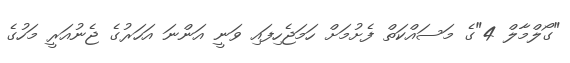
"ގޯލްމާލް 4"ގެ މަސައްކަތް ފެށުމަށް ހަމަޖެހިފައި ވަނީ އަންނަ އަހަރުގެ ޖެނުއަރީ މަހުގެ